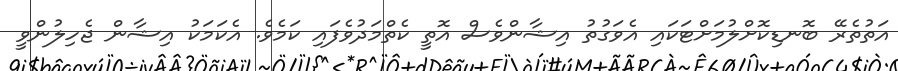
އަތުތެރޭ ބޮނޑިކޮށްލުމަށްޓަކައި އެވަގުތު އިޝާންވެސް އޮތީ ކެތްމަދުވެފައި ކަމެވެ. އެކަމަކު އިޝާން ޖެހިލުންވީ